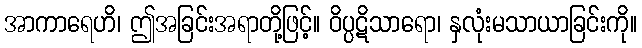
အာကာရေဟိ၊ ဤအခြင်းအရာတို့ဖြင့်။ ဝိပ္ပဋိသာရော၊ နှလုံးမသာယာခြင်းကို။